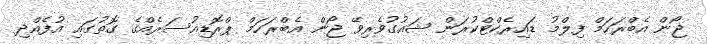
ޖޯން އެބްރަހަމް ފިލްމު ޑައިރެކްޓްކުރަން ޝައުގުވެރިވޭ ޖޯން އެބްރަހަމް ޕްރޮޑިއުސަރެއްގެ ގޮތުގައި އުފެއްދި